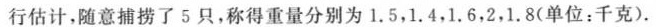
行估计，随意捕捞了5只，称得重量分别为1.5，1.4，1.6，2，1.8(单位：千克)。